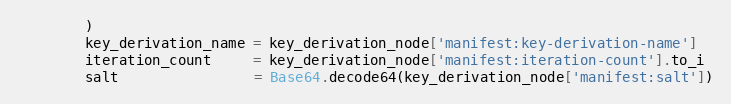
Language: Ruby
        )
        key_derivation_name = key_derivation_node['manifest:key-derivation-name']
        iteration_count     = key_derivation_node['manifest:iteration-count'].to_i
        salt                = Base64.decode64(key_derivation_node['manifest:salt'])